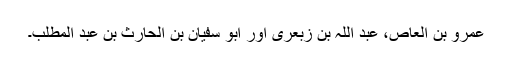
عمرو بن العاص، عبد اللہ بن زبعری اور ابو سفیان بن الحارث بن عبد المطلب۔